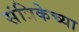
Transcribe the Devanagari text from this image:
संत्रिकेच्या